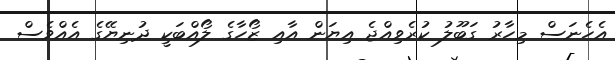
އެހެނަސް މިހާރު ގަބޫލު ކުރެވިއްޖެ އިޔަން އާއި ޒޯހާގެ ލޯއްބަކީ ދުނިޔޭގެ އެއްވެސް